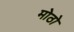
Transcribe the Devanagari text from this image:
मोठो